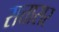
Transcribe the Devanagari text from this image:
सत्तासर